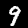
Digit: 9